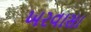
ખરવાસા